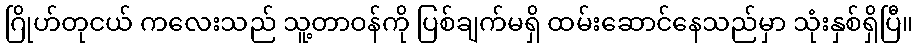
ဂြိုဟ်တုငယ် ကလေးသည် သူ့တာဝန်ကို ပြစ်ချက်မရှိ ထမ်းဆောင်နေသည်မှာ သုံးနှစ်ရှိပြီ။